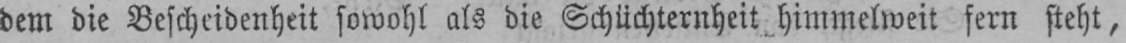
dem die Bescheidenheit sowohl als die Schüchternheit himmelweit fern steht,